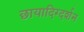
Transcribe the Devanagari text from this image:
छायादिग्दर्शन